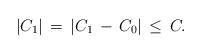
LaTeX: \begin{align*}|C_1|\,=\,|C_1\,-\,C_0|\,\leq\,C.\end{align*}